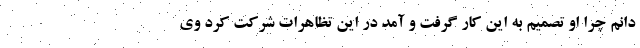
دانم چرا او تصمیم به این کار گرفت و آمد در این تظاهرات شرکت کرد وی